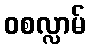
ဝစလ္လာမ်